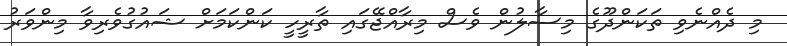
މި ދެއްނެވި ތަކަންދޫގެ މިސާލުން ވެސް މިރާއްޖޭގައި ތާރީހީ ކަންކަމަށް ޝައުގުވެރިވާ މިންވަރު